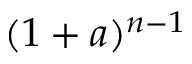
( 1 + a ) ^ { n - 1 }